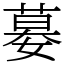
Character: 𡠜